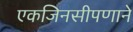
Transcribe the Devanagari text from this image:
एकजिनसीपणाने